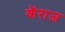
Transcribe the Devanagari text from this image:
कॅराज